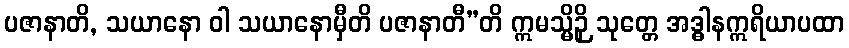
ပဇာနာတိ, သယာနော ဝါ သယာနောမှီတိ ပဇာနာတီ”တိ ဣမသ္မိဉှိ သုတ္တေ အဒ္ဓါနဣရိယာပထာ